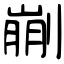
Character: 剻